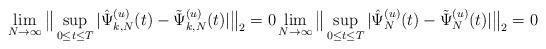
LaTeX: \begin{align*}\lim_{N\to\infty}\big\|\sup_{0\leq t\leq T}|\hat\Psi_{k,N}^{(u)}(t)-\tilde\Psi_{k,N}^{(u)}(t)|\big\|_2=0 \lim_{N\to\infty}\big\|\sup_{0\leq t\leq T}|\hat\Psi_N^{(u)}(t)-\tilde\Psi_N^{(u)}(t)|\big\|_2=0\end{align*}